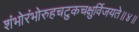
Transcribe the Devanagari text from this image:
शंभोरंभोरुहचटुकचक्षुर्विजयते॥४॥